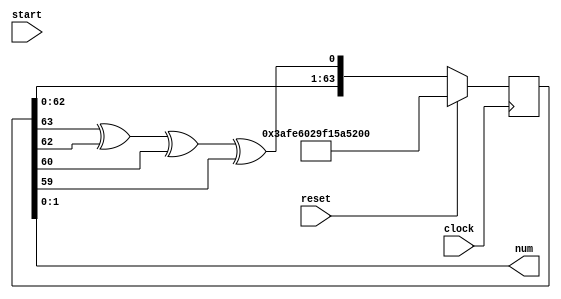
// 64-bit LSFR to generate a pseudo random 2-bit number

//Used Resources in:
//https://www.youtube.com/watch?v=Ks1pw1X22y4
//https://www.analog.com/en/design-notes/random-number-generation-using-lfsr.html
module LFSR#(parameter SEED = 64'b0011101011111110011000000010100111110001010110100101001010011000)(
  input clock,
  input reset,
  input start, 
  
  output [1:0] num
);
  reg [63:0] q;
  always@(posedge clock)
  begin
    if(reset==1'b1)
      q <= SEED;
    else
    begin
      q <= {q[62:0], q[63]^q[62]^q[60]^q[59]};
      // q <= 64'd1;
    end
  end
  assign num = q[1:0]; //Take bottom 2 bits from q
endmodule